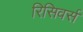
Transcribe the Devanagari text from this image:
रिसिवर्स